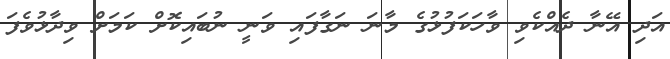
އަދި އޭނާ ދެއްކެވި ވާހަކަފުޅުގެ މާނަ ނަގާފައި ވަނީ ނުބައިކޮށް ކަމަށް ވިދާޅުވެފަ